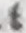
4